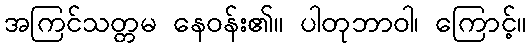
အကြင်သတ္တမ နေဝန်း၏။ ပါတုဘာဝါ၊ ကြောင့်။